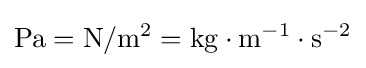
\mathrm {Pa=N/m^{2}=kg\cdot m^{-1}\cdot s^{-2}}